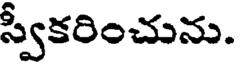
స్వీకరించును.